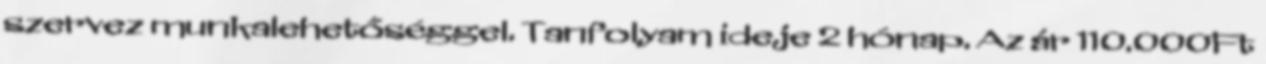
szervez munkalehetőséggel. Tanfolyam ideje 2 hónap. Az ár 110.000Ft